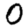
Digit: 0